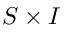
S \times I